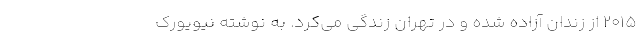
2015 از زندان آزاده شده و در تهران زندگی می‌کرد. به نوشته نیویورک